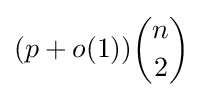
(p+o(1)){\binom {n}{2}}